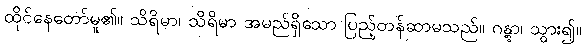
ထိုင်နေတော်မူ၏။ သိရိမာ၊ သိရိမာ အမည်ရှိသော ပြည့်တန်ဆာမသည်။ ဂန္တွာ၊ သွား၍။